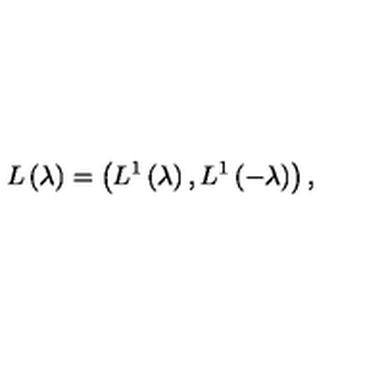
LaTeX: L \left( \lambda \right) = \left( L ^ { 1 } \left( \lambda \right) , L ^ { 1 } \left( - \lambda \right) \right) ,